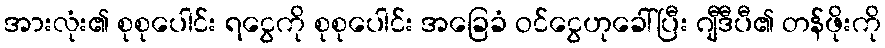
အားလုံး၏ စုစုပေါင်း ရငွေကို စုစုပေါင်း အခြေခံ ဝင်ငွေဟုခေါ်ပြီး ဂျီဒီပီ၏ တန်ဖိုးကို